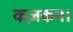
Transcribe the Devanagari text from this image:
कज़कन।